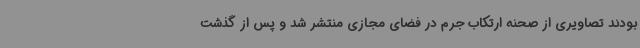
بودند تصاویری از صحنه ارتکاب جرم در فضای مجازی منتشر شد و پس از گذشت